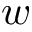
w